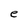
Character: e